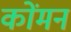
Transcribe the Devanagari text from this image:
कोंमन